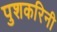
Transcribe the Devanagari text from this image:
पुशकरिनी